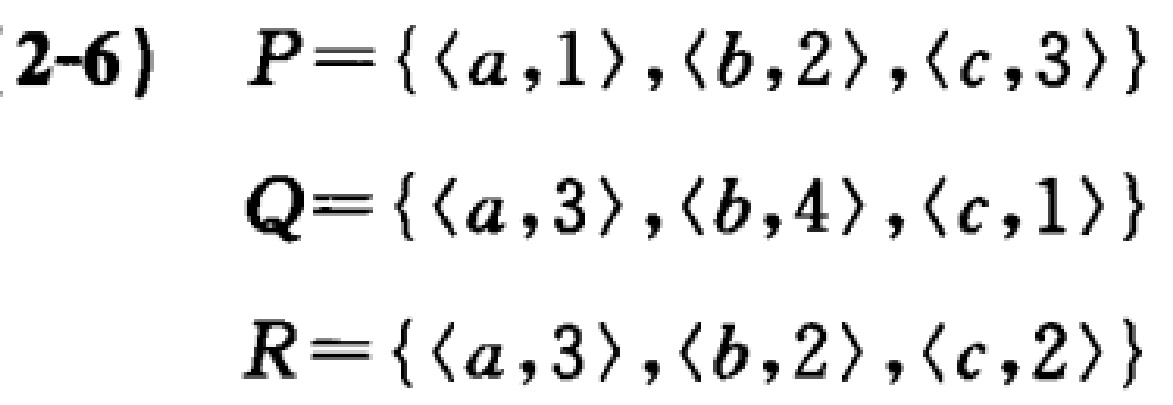
\[

\begin{align*}

2-6)\quad P&=\{\langle a,1\rangle,\langle b,2\rangle,\langle c,3\rangle\}\\

Q&=\{\langle a,3\rangle,\langle b,4\rangle,\langle c,1\rangle\}\\

R&=\{\langle a,3\rangle,\langle b,2\rangle,\langle c,2\rangle\}

\end{align*}

\]